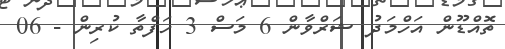
ތޮއްޑޫން އަހްމަދު ޝަރްވާން 6 މަސް 3 ހަފްތާ ކުރިން - 06